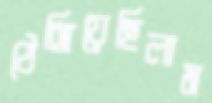
ঠেঙ্গিয়েছিলাম